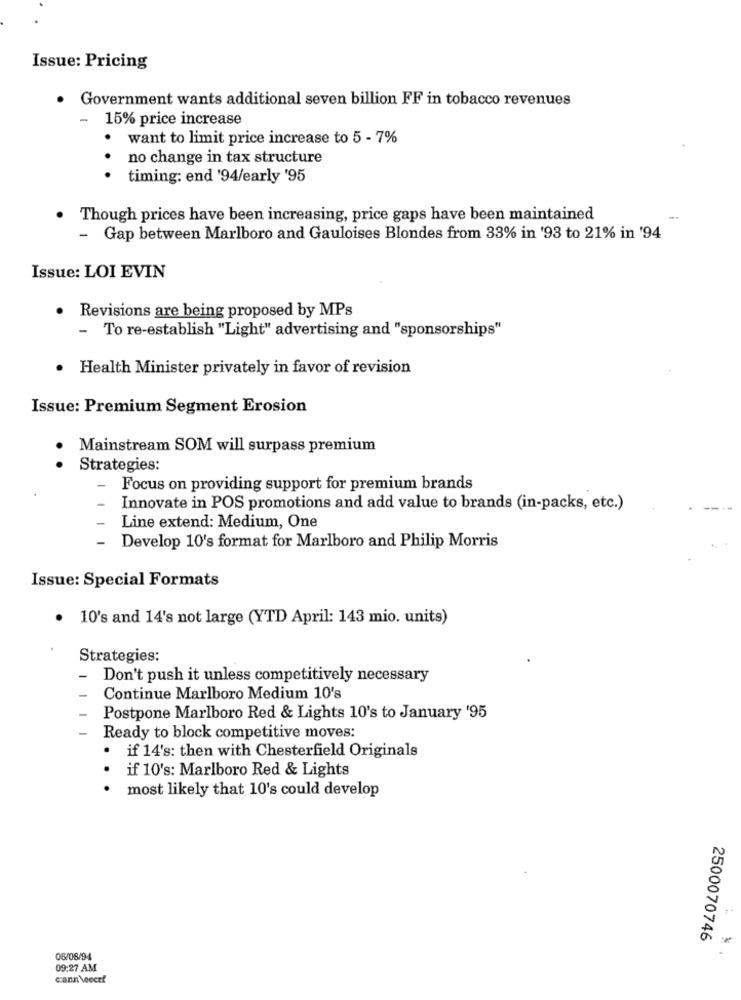
Issue: Pricing
· Government wants additional seven billion FF in tobacco revenues
-
15% price increase
· want to limit price increase to 5 - 7%
. .
no change in tax structure
timing: end '94/early '95
.
Though prices have been increasing, price gaps have been maintained
- Gap between Marlboro and Gauloises Blondes from 33% in '93 to 21% in '94
Issue: LOI EVIN
Revisions are being proposed by MPs
- To re-establish "Light" advertising and "sponsorships"
Health Minister privately in favor of revision
Issue: Premium Segment Erosion
Mainstream SOM will surpass premium
Strategies:
-
Focus on providing support for premium brands
Innovate in POS promotions and add value to brands (in-packs, etc.)
Line extend: Medium, One
Develop 10's format for Marlboro and Philip Morris
Issue: Special Formats
10's and 14's not large (YTD April: 143 mio. units)
Strategies:
Don't push it unless competitively necessary
Continue Marlboro Medium 10's
Postpone Marlboro Red & Lights 10's to January '95
Ready to block competitive moves:
.
if 14's: then with Chesterfield Originals
if 10's: Marlboro Red & Lights
most likely that 10's could develop
2500070746
06/08/94
09:27 AM
cann veoctf